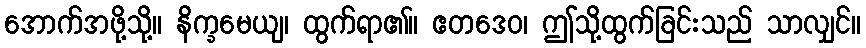
အောက်အဖို့သို့။ နိက္ခမေယျ၊ ထွက်ရာ၏။ ဧတဒေဝ၊ ဤသို့ထွက်ခြင်းသည် သာလျှင်။